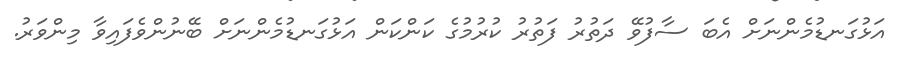
އަޅުގަނޑުމެންނަށް އެބަ ސާފުވޭ ދަތުރު ފަތުރު ކުރުމުގެ ކަންކަން އަޅުގަނޑުމެންނަށް ބޭނުންވެފައިވާ މިންވަރު.